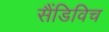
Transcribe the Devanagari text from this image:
सैंडिविच